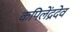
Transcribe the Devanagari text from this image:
कपिलेंद्रदेव